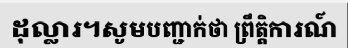
ដុល្លារ។សូមបញ្ជាក់ថា ព្រឹត្តិការណ៍